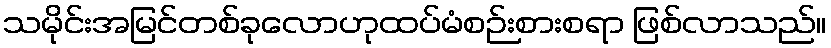
သမိုင်းအမြင်တစ်ခုလောဟုထပ်မံစဉ်းစားစရာ ဖြစ်လာသည်။